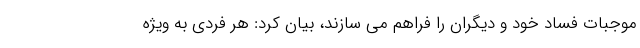
موجبات فساد خود و دیگران را فراهم می سازند، بیان کرد: هر فردی به ویژه